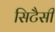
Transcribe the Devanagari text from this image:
सिटैसी